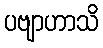
ပဗျာဟာသိ